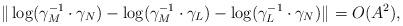
LaTeX: \begin{align*}\|\log(\gamma_M^{-1}\cdot\gamma_N)-\log(\gamma_M^{-1}\cdot\gamma_L)-\log(\gamma_L^{-1}\cdot\gamma_N)\|_{}=O(A^2),\end{align*}